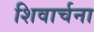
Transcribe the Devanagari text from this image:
शिवार्चना